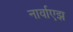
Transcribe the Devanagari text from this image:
नार्वाएझ